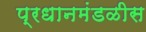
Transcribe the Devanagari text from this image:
प्रधानमंडळीस